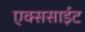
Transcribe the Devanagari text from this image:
एक्ससाईट